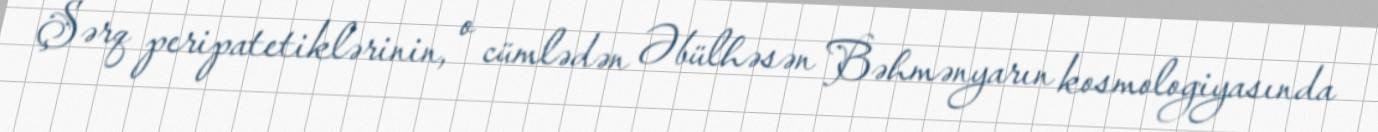
Şərq peripatetiklərinin, o cümlədən Əbülhəsən Bəhmənyarın kosmologiyasında